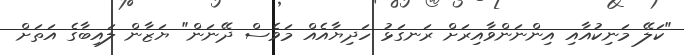
"ކަލޭ މަނިކުއާއި އިންނަންވާއިރަށް ރަނގަޅު ހަދިޔާއެއް މަވެސް ދޭނަން" ޔަޒާން ލައިބާގެ އަތަށް